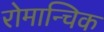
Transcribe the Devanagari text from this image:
रोमान्चिक